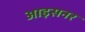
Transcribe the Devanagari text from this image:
आइसनर